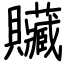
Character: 贜